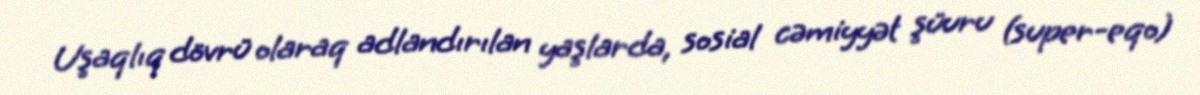
Uşaqlıq dövrü olaraq adlandırılan yaşlarda, sosial cəmiyyət şüuru (super-eqo)